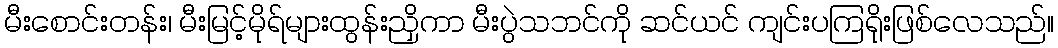
မီးစောင်းတန်း၊ မီးမြင့်မိုရ်များထွန်းညှိကာ မီးပွဲသဘင်ကို ဆင်ယင် ကျင်းပကြရိုးဖြစ်လေသည်။